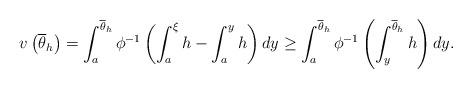
LaTeX: \begin{align*}v\left( \overline{\theta}_{h}\right) =\int_{a}^{\overline{\theta}_{h}}\phi^{-1}\left( \int_{a}^{\xi}h-\int_{a}^{y}h\right) dy\geq\int_{a}^{\overline{\theta}_{h}}\phi^{-1}\left( \int_{y}^{\overline{\theta}_{h}}h\right) dy. \end{align*}